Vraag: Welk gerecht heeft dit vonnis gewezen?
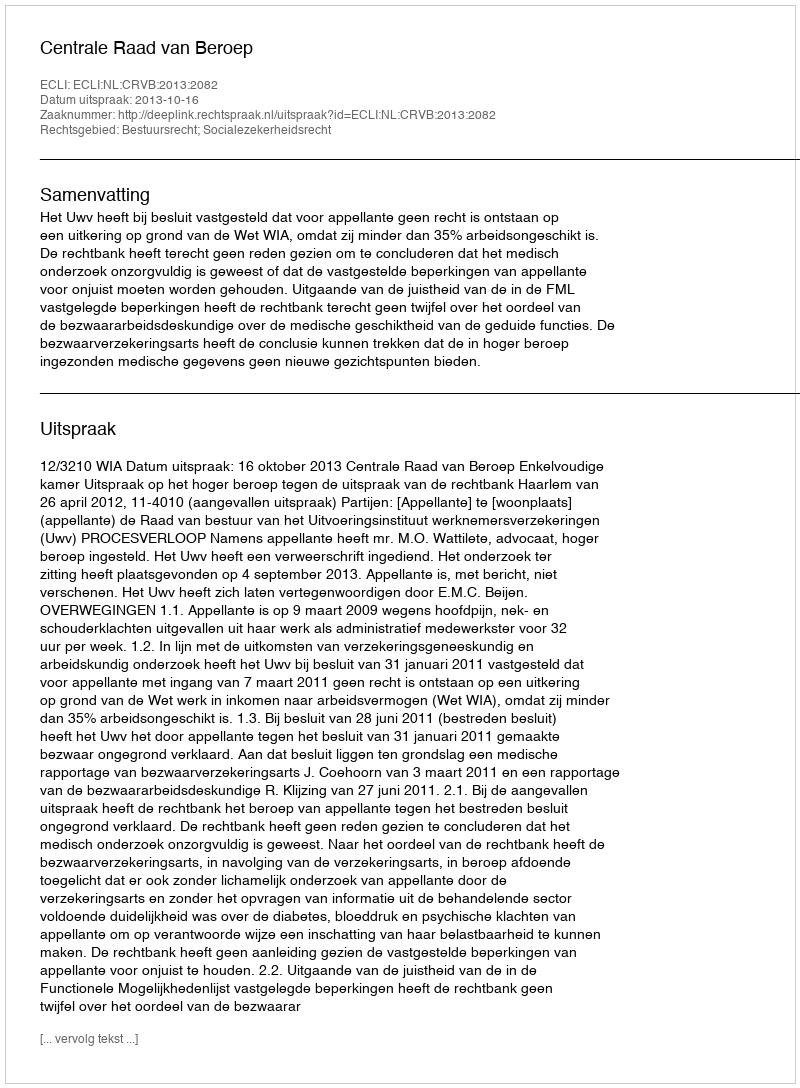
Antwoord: Centrale Raad van Beroep